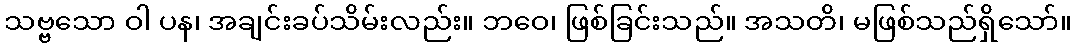
သဗ္ဗသော ဝါ ပန၊ အချင်းခပ်သိမ်းလည်း။ ဘဝေ၊ ဖြစ်ခြင်းသည်။ အသတိ၊ မဖြစ်သည်ရှိသော်။